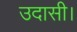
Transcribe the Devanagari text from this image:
उदासी।